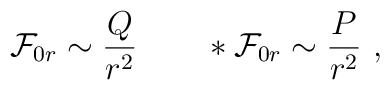
{\cal F}_{0r}\sim {Q\over r^2}\qquad *{\cal F}_{0r}\sim {P\over r^2}\ ,